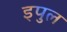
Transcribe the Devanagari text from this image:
इपुल